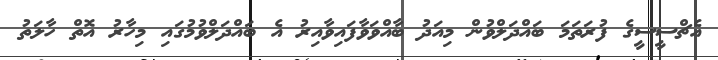
އެޗްސީސީގެ ފުރަތަމަ ބައްދަލްވުން މިއަދު ބާއްވަވާފައިވާއިރު އެ ބައްދަލްވުމުގައި މިހާރު އޮތް ހާލަތު